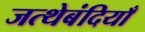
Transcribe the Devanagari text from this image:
जत्थेबंदियाँ